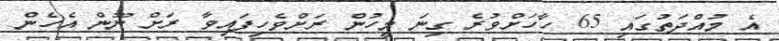
އެ މުއްދަތުގައި 65 ހާހަށްވުރެ ގިނަ މީހުން ރަށްވެހިފައިވާ ރަށް ނޫން އެހެން